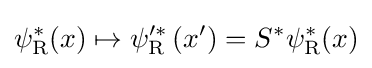
\psi _{\rm {R}}^{*}(x)\mapsto \psi _{\rm {R}}^{\prime *}\left(x^{\prime }\right)=S^{*}\psi _{\rm {R}}^{*}(x)